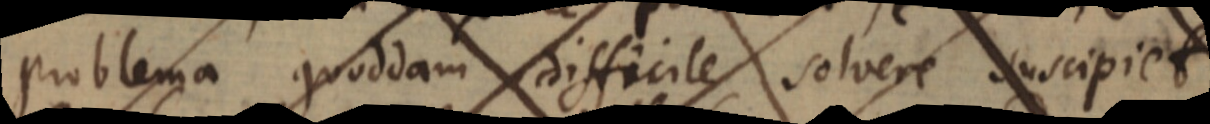
problema quoddam difficile solvere suscipiet